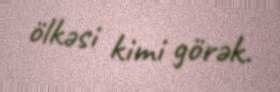
ölkəsi kimi görək.